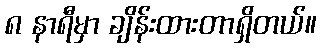
၈ နာရီမှာ ချိန်းထားတာရှိတယ်။